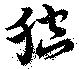
腔